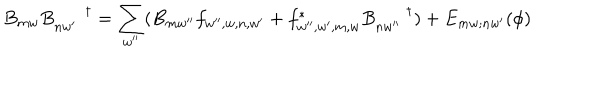
LaTeX: B _ { m w } B _ { n w ^ { \prime } } ^ { \dagger } = \sum _ { w ^ { \prime \prime } } ( B _ { m w ^ { \prime \prime } } f _ { w ^ { \prime \prime } , w , n , w ^ { \prime } } + f _ { w ^ { \prime \prime } , w ^ { \prime } , m , w } ^ { * } B _ { n w ^ { \prime \prime } } ^ { \dagger } ) + E _ { m w ; n w ^ { \prime } } ( \phi )